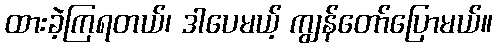
ထားခဲ့ကြရတယ်၊ ဒါပေမယ့် ကျွန်တော်ပြောမယ်။